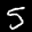
Label: 5